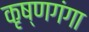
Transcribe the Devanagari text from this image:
कृष्णगंगा